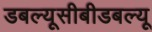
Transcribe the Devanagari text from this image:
डबल्यूसीबीडबल्यू